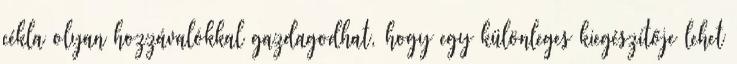
cékla olyan hozzávalókkal gazdagodhat, hogy egy különleges kiegészítője lehet